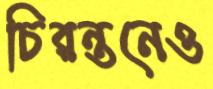
চিরন্তনেও